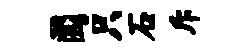
圜只石斥